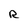
Character: R